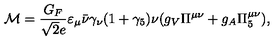
{ \cal M } = \frac { G _ { F } } { \sqrt { 2 } e } \varepsilon _ { \mu } \bar { \nu } \gamma _ { \nu } ( 1 + \gamma _ { 5 } ) \nu ( g _ { V } \Pi ^ { \mu \nu } + g _ { A } \Pi _ { 5 } ^ { \mu \nu } ) ,